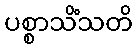
ပစ္စာသိံသတိ